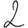
Digit: 2